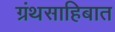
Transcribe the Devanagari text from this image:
ग्रंथसाहिबात